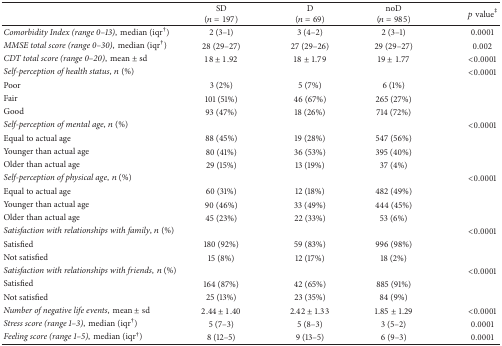
<table><thead><tr><td><b> </b></td><td><b>SD(<i>n</i> = 197)</b></td><td><b>D(<i>n</i> = 69)</b></td><td><b>noD(<i>n</i> = 985)</b></td><td><b><i>p</i>value<sup>‡</sup></b></td></tr></thead><tbody><tr><td><i>Comorbidity Index (range 0–13)</i>,median (iqr<sup>†</sup>)</td><td>2 (3–1)</td><td>3 (4–2)</td><td>2 (3–1)</td><td>0.0001</td></tr><tr><td><i>MMSE total score (range 0–30)</i>,median (iqr<sup>†</sup>)</td><td>28 (29–27)</td><td>27 (29–26)</td><td>29 (29–27)</td><td>0.002</td></tr><tr><td><i>CDT total score (range 0–20)</i>,mean ± sd</td><td>18 ± 1.92</td><td>18 ± 1.79</td><td>19 ± 1.77</td><td>&lt;0.0001</td></tr><tr><td><i>Self-perception of health status</i>,<i>n</i> (%)</td><td> </td><td> </td><td> </td><td>&lt;0.0001</td></tr><tr><td>Poor</td><td>3 (2%)</td><td>5 (7%)</td><td>6 (1%)</td><td> </td></tr><tr><td>Fair</td><td>101 (51%)</td><td>46 (67%)</td><td>265 (27%)</td><td> </td></tr><tr><td>Good</td><td>93 (47%)</td><td>18 (26%)</td><td>714 (72%)</td><td> </td></tr><tr><td><i>Self-perception of mental age</i>,<i>n</i> (%)</td><td> </td><td> </td><td> </td><td>&lt;0.0001</td></tr><tr><td>Equal to actual age</td><td>88 (45%)</td><td>19 (28%)</td><td>547 (56%)</td><td> </td></tr><tr><td>Younger than actual age</td><td>80 (41%)</td><td>36 (53%)</td><td>395 (40%)</td><td> </td></tr><tr><td>Older than actual age</td><td>29 (15%)</td><td>13 (19%)</td><td>37 (4%)</td><td> </td></tr><tr><td><i>Self-perception of physical age</i>,<i>n</i> (%)</td><td> </td><td> </td><td> </td><td>&lt;0.0001</td></tr><tr><td>Equal to actual age</td><td>60 (31%)</td><td>12 (18%)</td><td>482 (49%)</td><td> </td></tr><tr><td>Younger than actual age</td><td>90 (46%)</td><td>33 (49%)</td><td>444 (45%)</td><td> </td></tr><tr><td>Older than actual age</td><td>45 (23%)</td><td>22 (33%)</td><td>53 (6%)</td><td> </td></tr><tr><td><i>Satisfaction with relationships with family</i>,<i>n</i> (%)</td><td> </td><td> </td><td> </td><td>&lt;0.0001</td></tr><tr><td>Satisfied</td><td>180 (92%)</td><td>59 (83%)</td><td>996 (98%)</td><td> </td></tr><tr><td>Not satisfied</td><td>15 (8%)</td><td>12 (17%)</td><td>18 (2%)</td><td> </td></tr><tr><td><i>Satisfaction with relationships with friends</i>,<i>n</i> (%)</td><td> </td><td> </td><td> </td><td>&lt;0.0001</td></tr><tr><td>Satisfied</td><td>164 (87%)</td><td>42 (65%)</td><td>885 (91%)</td><td> </td></tr><tr><td>Not satisfied</td><td>25 (13%)</td><td>23 (35%)</td><td>84 (9%)</td><td> </td></tr><tr><td><i>Number of negative life events</i>,mean ± sd</td><td>2.44 ± 1.40</td><td>2.42 ± 1.33</td><td>1.85 ± 1.29</td><td>&lt;0.0001</td></tr><tr><td><i>Stress score (range 1–3)</i>,median (iqr<sup>†</sup>)</td><td>5 (7–3)</td><td>5 (8–3)</td><td>3 (5–2)</td><td>0.0001</td></tr><tr><td><i>Feeling score (range 1–5)</i>,median (iqr<sup>†</sup>)</td><td>8 (12–5)</td><td>9 (13–5)</td><td>6 (9–3)</td><td>0.0001</td></tr></tbody></table>